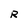
Character: R